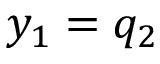
y _ { 1 } = q _ { 2 }